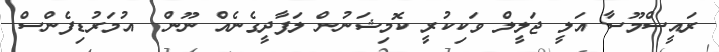
ރައީސްމޫސާ އަލީ ޖަލީލް ވަކިކުރީ ކޮމިޝަނުން ލަފާދީގެނެއް ނޫން  އުމަރުޑިފެންސް